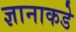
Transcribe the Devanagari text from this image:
ज्ञानाकडे